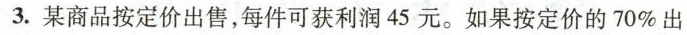
3.某商品按定价出售，每件可获利润45元。如果按定价的70%出